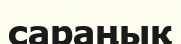
сараңық